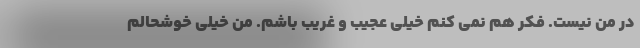
در من نیست. فکر هم نمی کنم خیلی عجیب و غریب باشم. من خیلی خوشحالم